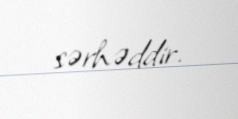
sərhəddir.